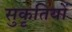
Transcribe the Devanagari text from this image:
सुकृतियों